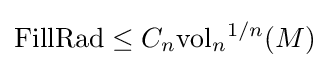
\mathrm {FillRad} \leq C_{n}\mathrm {vol} _{n}{}^{1/n}(M)